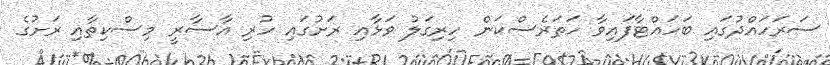
ސަރަހައްދުގައި ބަހައްޓާފައިވާ ހަތަރެސްކަން ހިރިގަލު ވަޅާއި ރަށުގައި ހުރި އާސާރީ މިސްކިތާއި ރަށުގެ